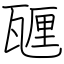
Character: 甅